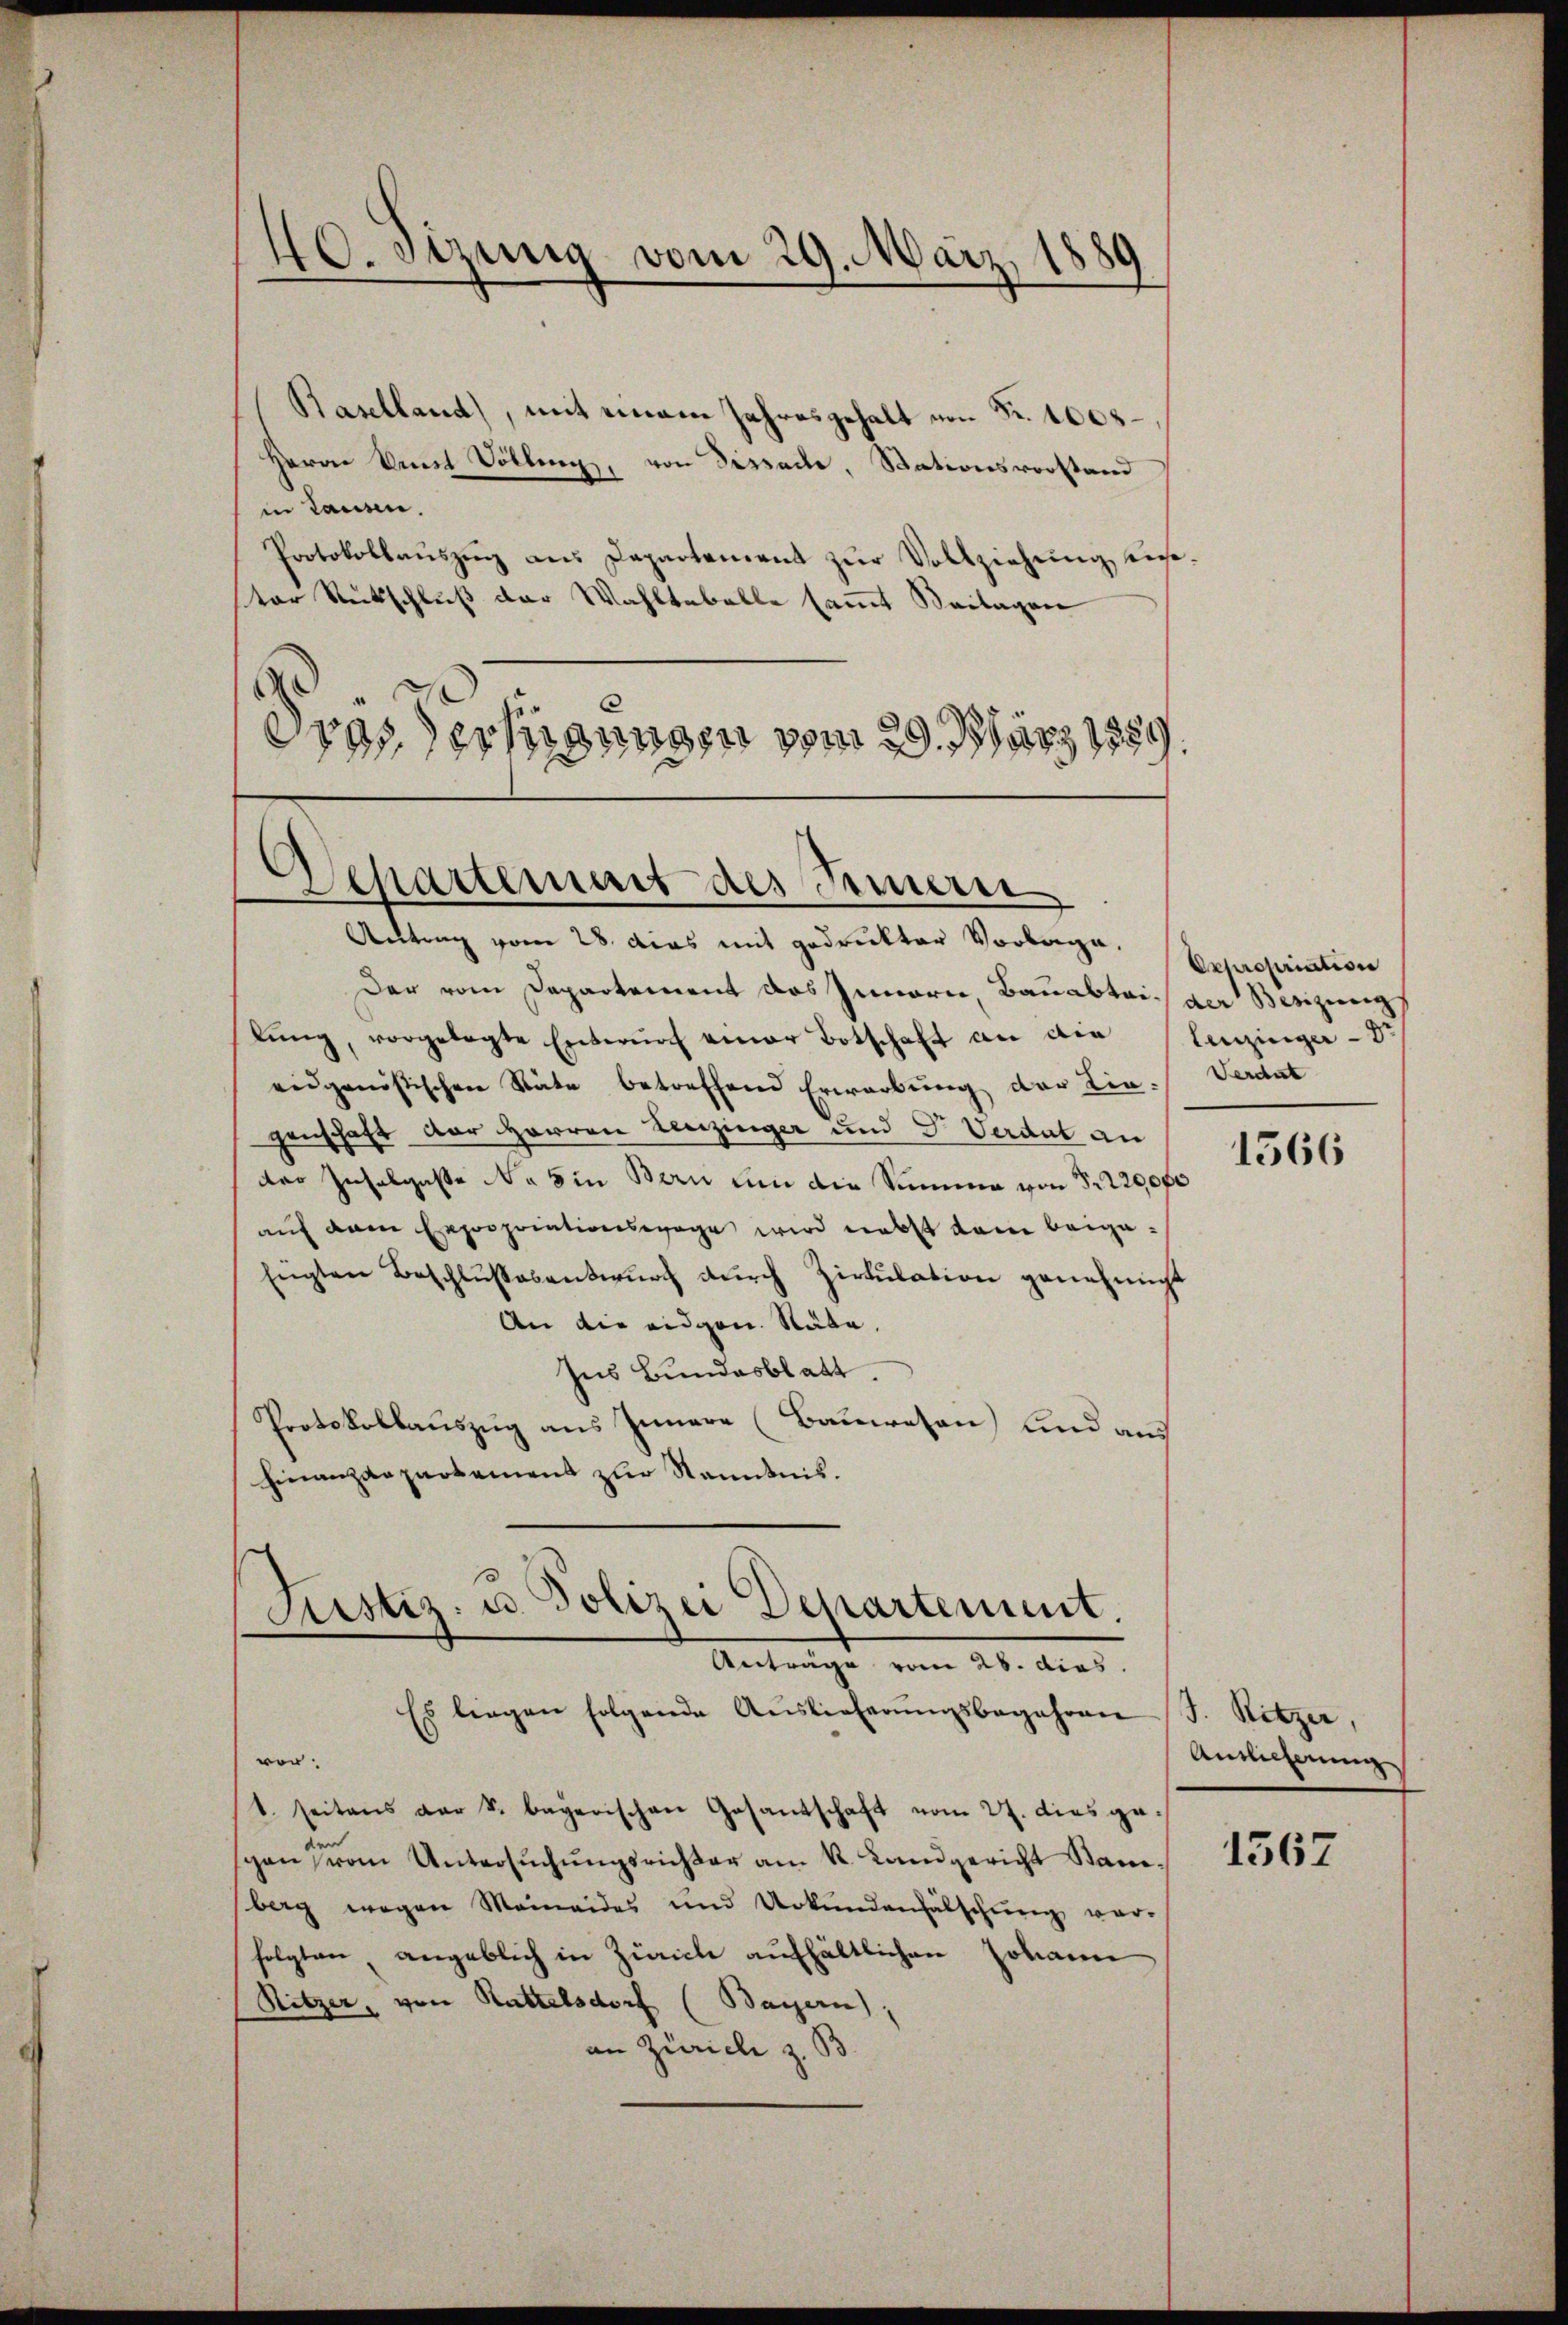
Baselland), mit einem Jahresgehalt von Fr. 1008
Herrn Amt Vollenz, von Dissache, Stationsvorstand
in tausen.
Protokollaŭszŭg ans Departement zŭr Vollziehŭng ein-
ter Rückschluß der Wahltabelle sammt Beilagen
.
eras erfügungen vom 29. März 1880

40. Sizung vom 29. März 1889

Separtement des Seman

Antrag vom 28. das mit gedrukter Vorlage.
Der vom Departement das Innerie, Bauabtei der Besizung
lŭng, vorgelegte Entwŭrf einer Botschaft an die Lenzinger - Dr.
eidgenössischen Stäte betreffend Erwerbung der Lie-Verdat
genschaft der Herren Leuzinger und Dr. Verdut an
der Zuhalgaße No 5 in Bern um die Summe von S. 220,000
auf dem Expropriationswage wird nebst dem beige¬
Eügten Beschlŭssesentwŭrf dŭrch Zirkŭlation genehmigt
An die eidgen. Näte.
Ins Bundesblatt.
Protokollauszug aus Innere (Bauwesen und aus
Finanzdepartement zur Kenntnis.
Justiz- u. Polizei Departement.
Anträge vom 28. dies
Es liegen folgende Auslieferŭngsbegehren J. Ritzer,
ver
1. seitens der k. bayerischen Gesantschaft vom 27. dies ge-
schon vom Untersŭchŭngsrichter am k. Landgericht Bau-
berg wegen Meineides und Urkundenfälschŭng ver-
folgten, angeblich in Zürich aufhältlichen Johann
Ritzer, von Rattelsdorf (Bayern,
an Zürich z. B.

Oxpropriation

1566

Auslieferung

1567